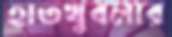
হাতখুবলার